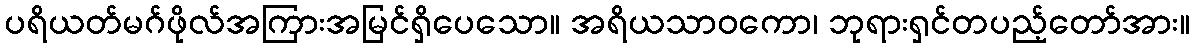
ပရိယတ်မဂ်ဖိုလ်အကြားအမြင်ရှိပေသော။ အရိယသာဝကော၊ ဘုရားရှင်တပည့်တော်အား။